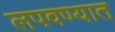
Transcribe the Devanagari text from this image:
लपवण्यात